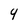
Character: 4